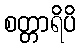
စတ္တာရိပိ